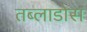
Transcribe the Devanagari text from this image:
तब्लाडोस